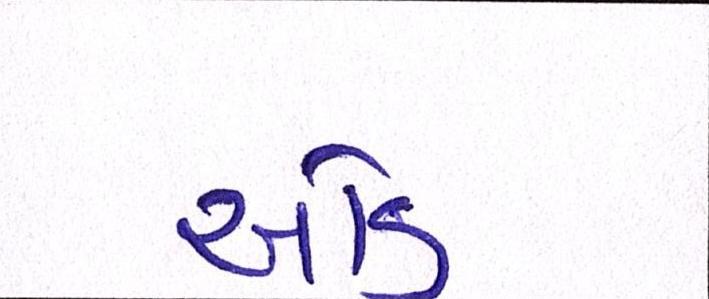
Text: ઓડ